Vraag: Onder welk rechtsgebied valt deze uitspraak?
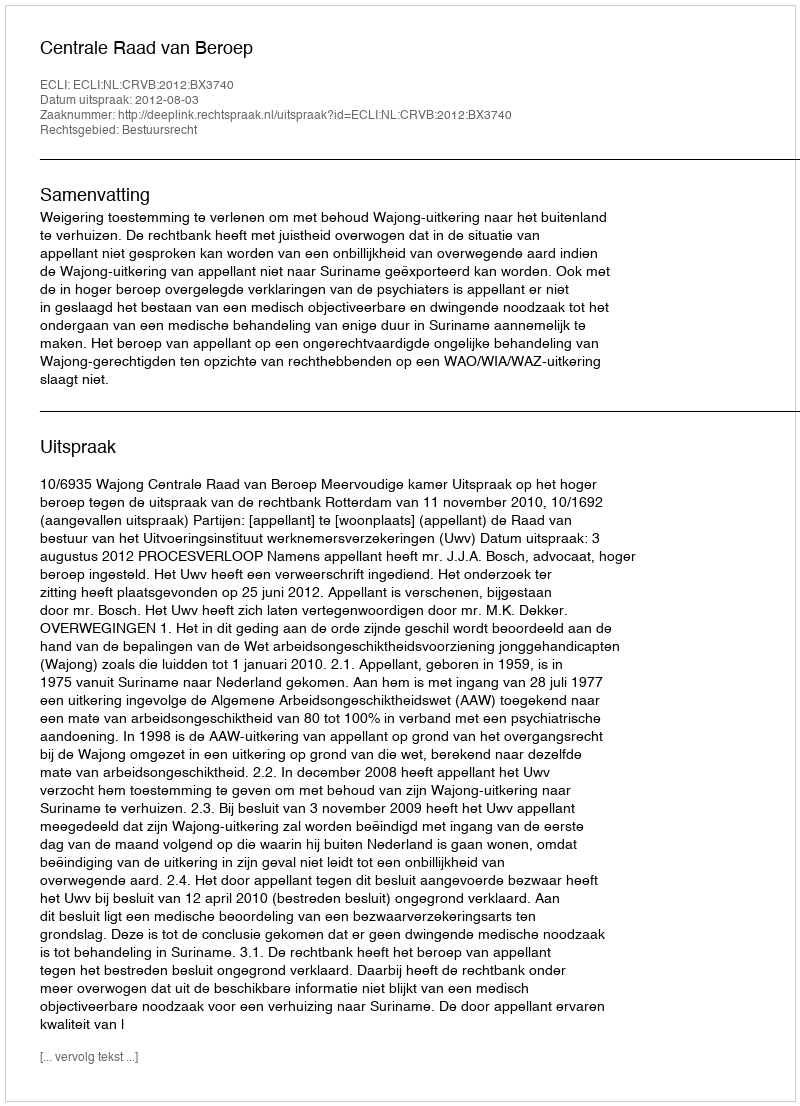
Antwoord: Bestuursrecht